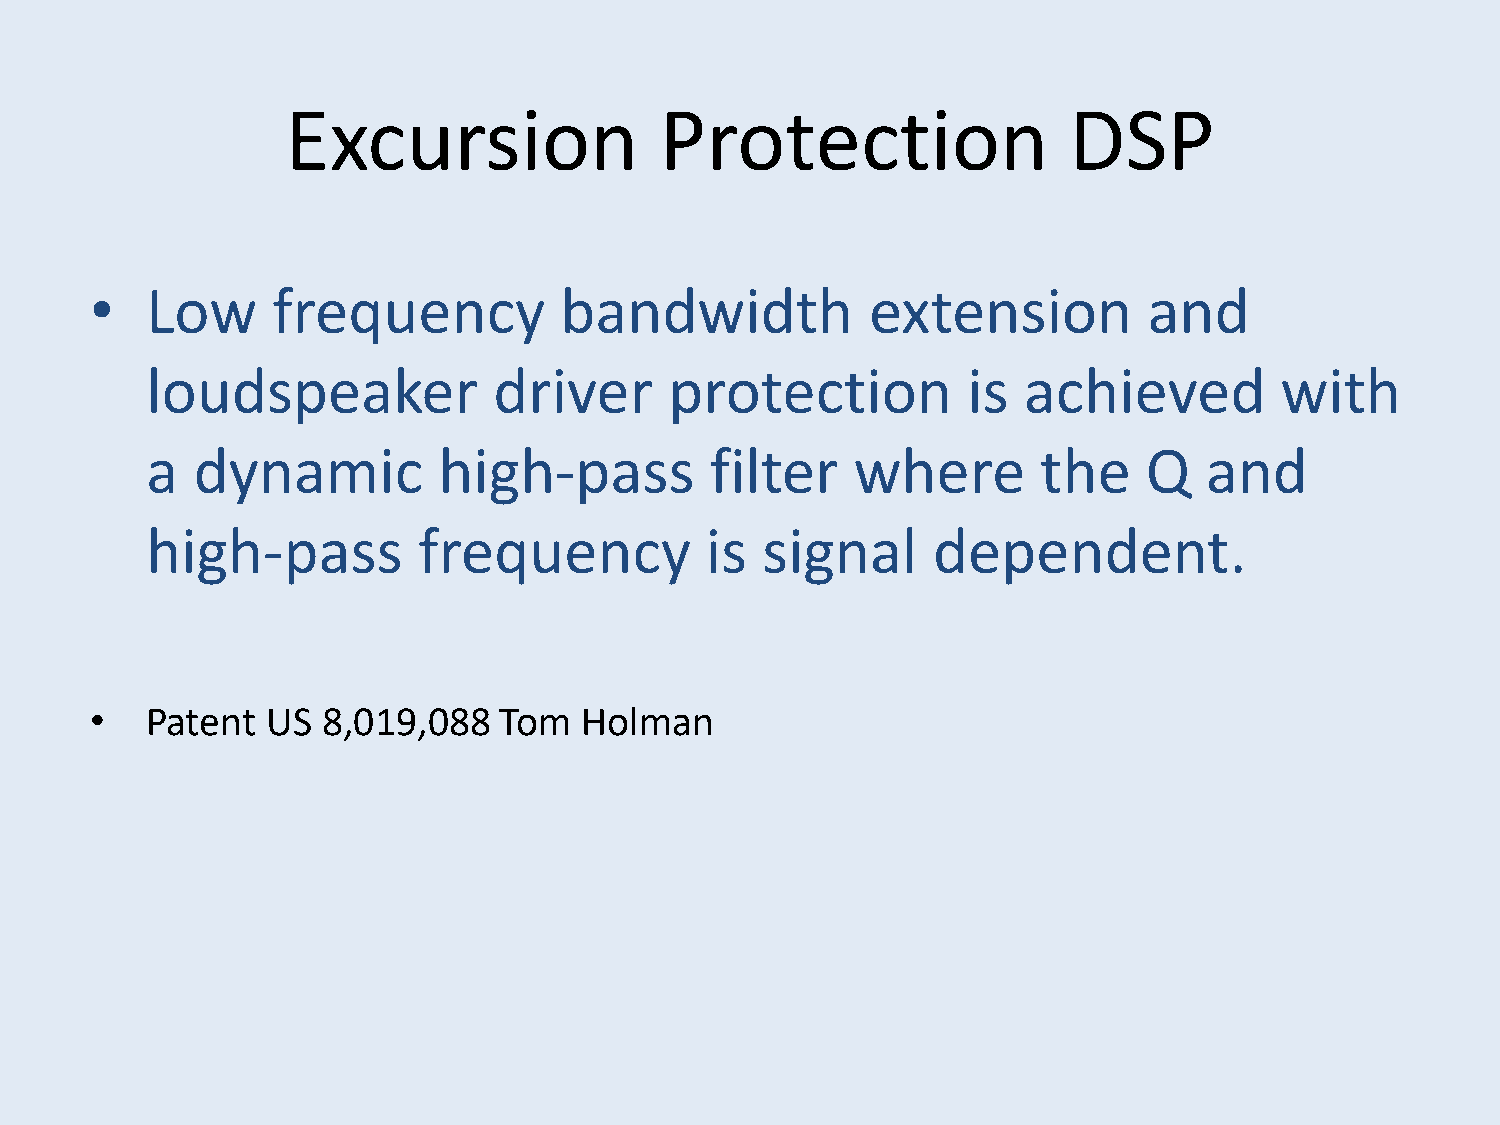
Excursion                Protection                 DSP
 •   Low     frequency          bandwidth            extension         and
 loudspeaker            driver     protection          is  achieved         with
 a  dynamic         high-pass         filter    where       the    Q   and
 high-pass         frequency          is signal      dependent.
 •   Patent  US 8,019,088   Tom  Holman